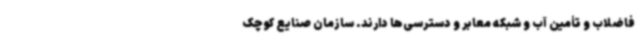
فاضلاب و تأمین آب و شبکه معابر و دسترسی‌ها دارند. سازمان صنایع کوچک